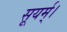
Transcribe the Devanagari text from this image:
सूयर्म्।